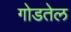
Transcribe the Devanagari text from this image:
गोडतेल